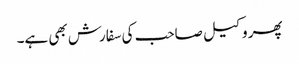
پھر وکیل صاحب کی سفارش بھی ہے۔